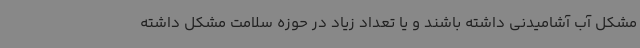
مشکل آب آشامیدنی داشته باشند و یا تعداد زیاد در حوزه سلامت مشکل داشته